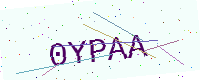
Text: 0YPAA